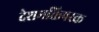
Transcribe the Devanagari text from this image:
देशभक्तिपरक